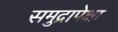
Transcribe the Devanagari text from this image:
समुद्रापेक्षा